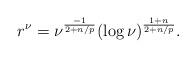
LaTeX: \begin{align*}r^\nu = \nu^{\frac{-1}{2+n/p}}(\log \nu)^{\frac{1+n}{2+n/p}}.\end{align*}